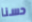
حسنا